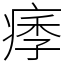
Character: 痵